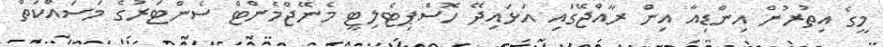
މީގެ އިތުރުން އިންޑިއާ އިން ރާއްޖޭގައި އަޅައިދޭ ހޮސްޕިޓެލިޓީ މެނޭޖްމެންޓް ސެންޓަރުގެ މަސައްކަތް